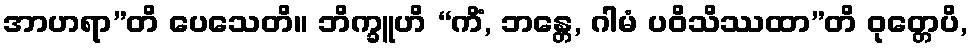
အာဟရာ”တိ ပေသေတိ။ ဘိက္ခူဟိ “ကိံ, ဘန္တေ, ဂါမံ ပဝိသိဿထာ”တိ ဝုတ္တေပိ,